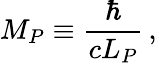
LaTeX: M_{P}\equiv\frac{\hbar}{cL_{P}}\, ,